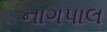
નાગપાલ